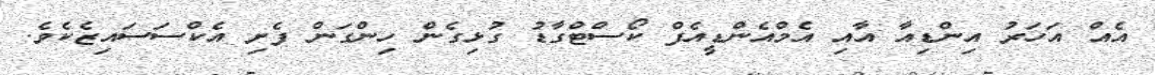
އެއް އަހަރު އިންޑިއާ އާއި އެމްއެންޑީއެފް ކޯސްޓްގާޑު ގުޅިގެން ހިންގަން ފެށި އެކްސަސައިޒެެކެވެ.